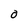
Character: 0